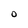
Character: O